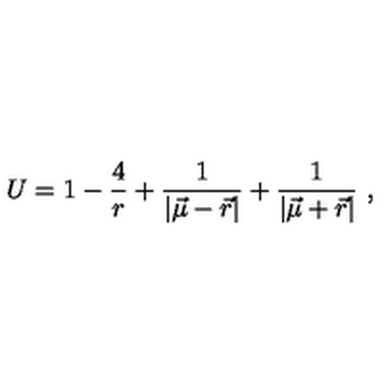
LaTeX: U = 1 - \frac { 4 } { r } + \frac { 1 } { | { \vec { \mu } } - { \vec { r } } | } + \frac { 1 } { | { \vec { \mu } } + { \vec { r } } | } \ ,